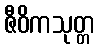
ဇီဝိကသုတ္တ